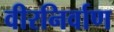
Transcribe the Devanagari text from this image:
वीरनिर्वाण